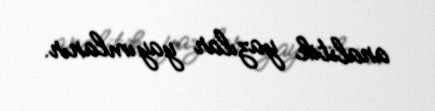
analitik yazılar yayımlanır.